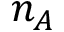
n _ { A }